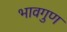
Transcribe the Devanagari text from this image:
भावगुण